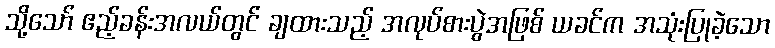
သို့သော် ဧည့်ခန်းအလယ်တွင် ချထားသည့် အလုပ်စားပွဲအဖြစ် ယခင်က အသုံးပြုခဲ့သော